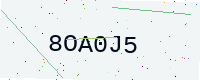
Text: 8OA0J5